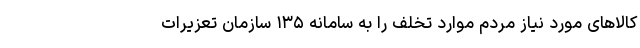
کالا‌های مورد نیاز مردم موارد تخلف را به سامانه ۱۳۵ سازمان تعزیرات